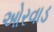
ઓરવાડ